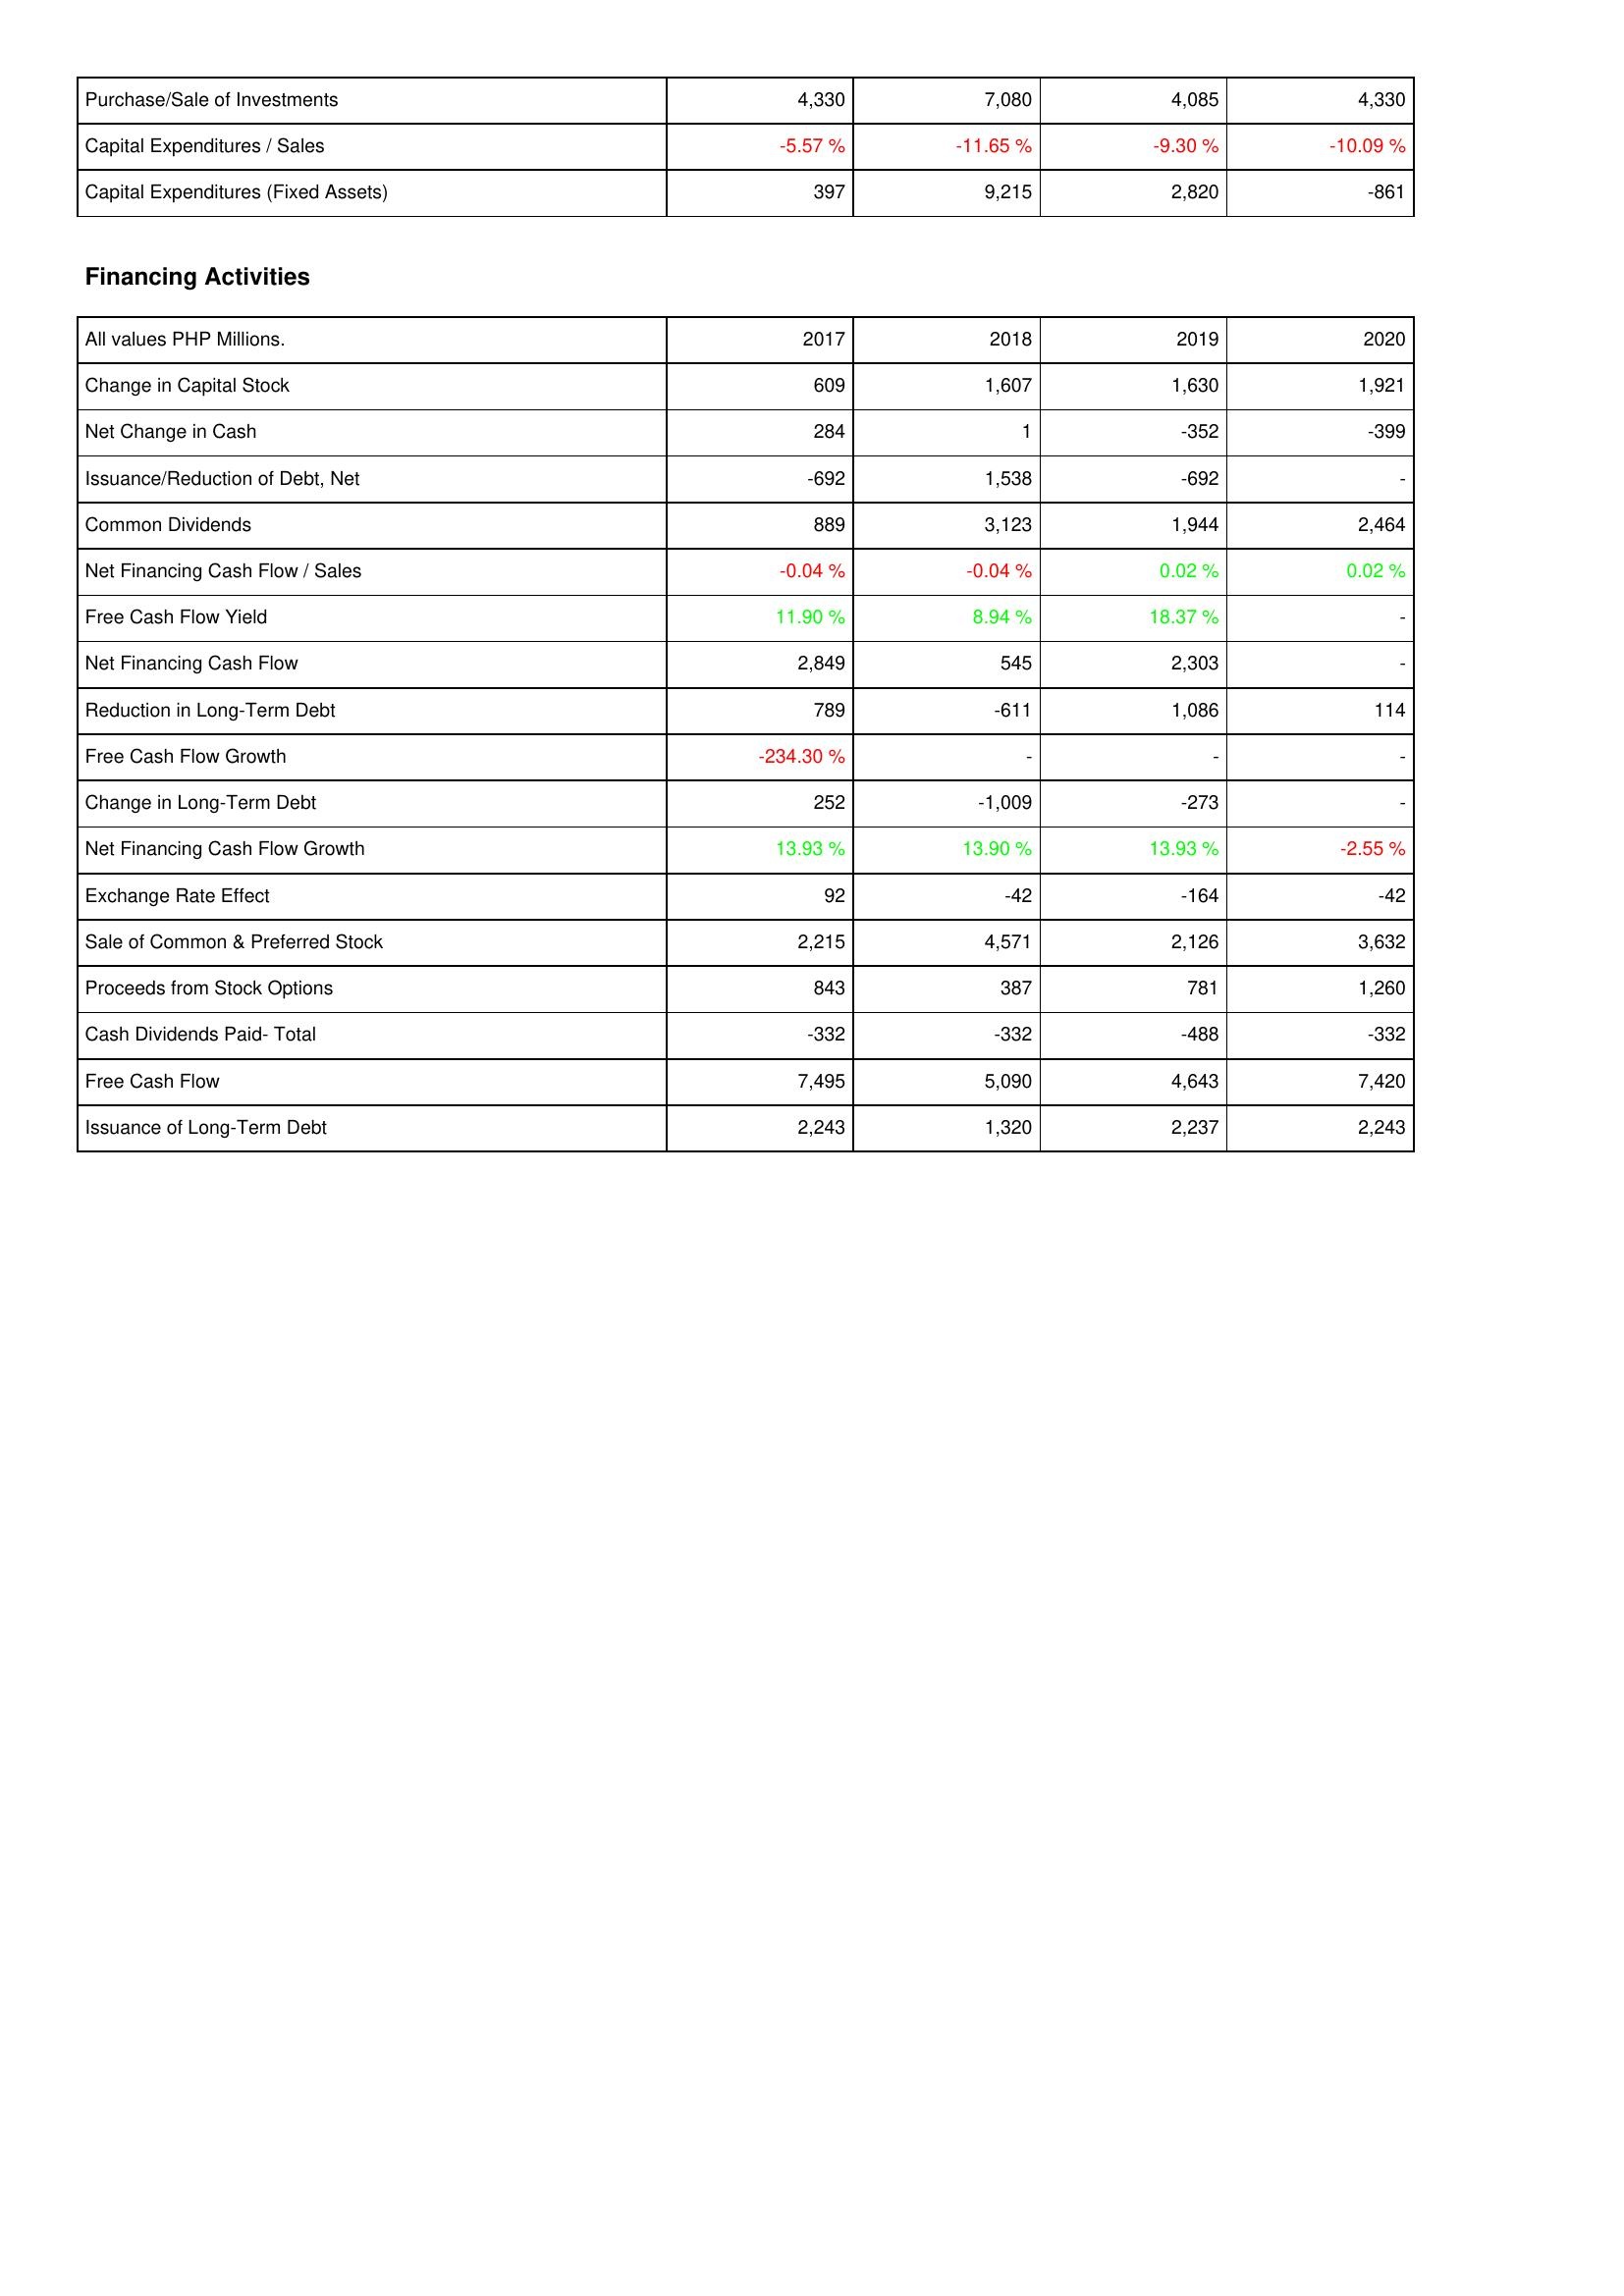
2017: Investing Activities: Purchase/Sale of Investments: 4,330
Capital Expenditures / Sales: -5.57 %
Capital Expenditures (Fixed Assets): 397
Financing Activities: Change in Capital Stock: 609
Net Change in Cash: 284
Issuance/Reduction of Debt, Net: -692
Common Dividends: 889
Net Financing Cash Flow / Sales: -0.04 %
Free Cash Flow Yield: 11.90 %
Net Financing Cash Flow: 2,849
Reduction in Long-Term Debt: 789
Free Cash Flow Growth: -234.30 %
Change in Long-Term Debt: 252
Net Financing Cash Flow Growth: 13.93 %
Exchange Rate Effect: 92
Sale of Common & Preferred Stock: 2,215
Proceeds from Stock Options: 843
Cash Dividends Paid- Total: -332
Free Cash Flow: 7,495
Issuance of Long-Term Debt: 2,243
2018: Investing Activities: Purchase/Sale of Investments: 7,080
Capital Expenditures / Sales: -11.65 %
Capital Expenditures (Fixed Assets): 9,215
Financing Activities: Change in Capital Stock: 1,607
Net Change in Cash: 1
Issuance/Reduction of Debt, Net: 1,538
Common Dividends: 3,123
Net Financing Cash Flow / Sales: -0.04 %
Free Cash Flow Yield: 8.94 %
Net Financing Cash Flow: 545
Reduction in Long-Term Debt: -611
Free Cash Flow Growth: -
Change in Long-Term Debt: -1,009
Net Financing Cash Flow Growth: 13.90 %
Exchange Rate Effect: -42
Sale of Common & Preferred Stock: 4,571
Proceeds from Stock Options: 387
Cash Dividends Paid- Total: -332
Free Cash Flow: 5,090
Issuance of Long-Term Debt: 1,320
2019: Investing Activities: Purchase/Sale of Investments: 4,085
Capital Expenditures / Sales: -9.30 %
Capital Expenditures (Fixed Assets): 2,820
Financing Activities: Change in Capital Stock: 1,630
Net Change in Cash: -352
Issuance/Reduction of Debt, Net: -692
Common Dividends: 1,944
Net Financing Cash Flow / Sales: 0.02 %
Free Cash Flow Yield: 18.37 %
Net Financing Cash Flow: 2,303
Reduction in Long-Term Debt: 1,086
Free Cash Flow Growth: -
Change in Long-Term Debt: -273
Net Financing Cash Flow Growth: 13.93 %
Exchange Rate Effect: -164
Sale of Common & Preferred Stock: 2,126
Proceeds from Stock Options: 781
Cash Dividends Paid- Total: -488
Free Cash Flow: 4,643
Issuance of Long-Term Debt: 2,237
2020: Investing Activities: Purchase/Sale of Investments: 4,330
Capital Expenditures / Sales: -10.09 %
Capital Expenditures (Fixed Assets): -861
Financing Activities: Change in Capital Stock: 1,921
Net Change in Cash: -399
Issuance/Reduction of Debt, Net: -
Common Dividends: 2,464
Net Financing Cash Flow / Sales: 0.02 %
Free Cash Flow Yield: -
Net Financing Cash Flow: -
Reduction in Long-Term Debt: 114
Free Cash Flow Growth: -
Change in Long-Term Debt: -
Net Financing Cash Flow Growth: -2.55 %
Exchange Rate Effect: -42
Sale of Common & Preferred Stock: 3,632
Proceeds from Stock Options: 1,260
Cash Dividends Paid- Total: -332
Free Cash Flow: 7,420
Issuance of Long-Term Debt: 2,243